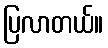
ပြလာတယ်။